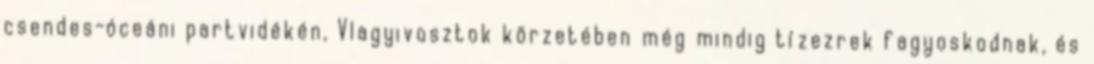
csendes-óceáni partvidékén, Vlagyivosztok körzetében még mindig tízezrek fagyoskodnak, és